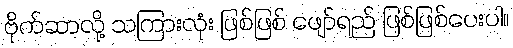
ဗိုက်ဆာလို့ သကြားလုံး ဖြစ်ဖြစ် ဖျော်ရည် ဖြစ်ဖြစ်ပေးပါ။